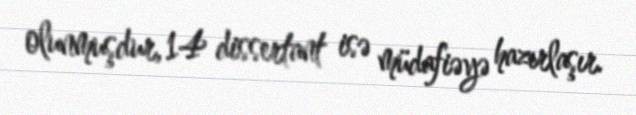
olunmuşdur, 14 dissertant isə müdafiəyə hazırlaşır.